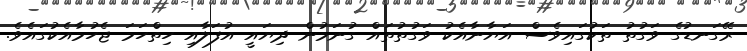
ރޭގަނޑުގެ ވަގުތު ތަކުގައިވެސް އަޔާނާއެކު ވަގުތުތައް ގުނަމުން ދިޔައީ އުފަލާއި ހިތްހަމަ ޖެހުމާއެކުގައެވެ.